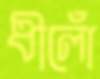
ধীলোঁ